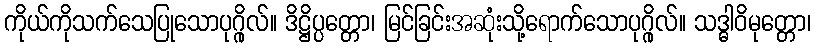
ကိုယ်ကိုသက်သေပြုသောပုဂ္ဂိုလ်။ ဒိဋ္ဌိပ္ပတ္တော၊ မြင်ခြင်းအဆုံးသို့ရောက်သောပုဂ္ဂိုလ်။ သဒ္ဓါဝိမုတ္တော၊